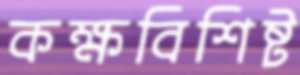
কক্ষবিশিষ্ট